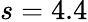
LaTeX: s=4.4